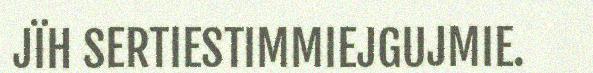
JÏH SERTIESTIMMIEJGUJMIE.